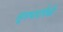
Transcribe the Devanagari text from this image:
सूत्रधारांपैकी